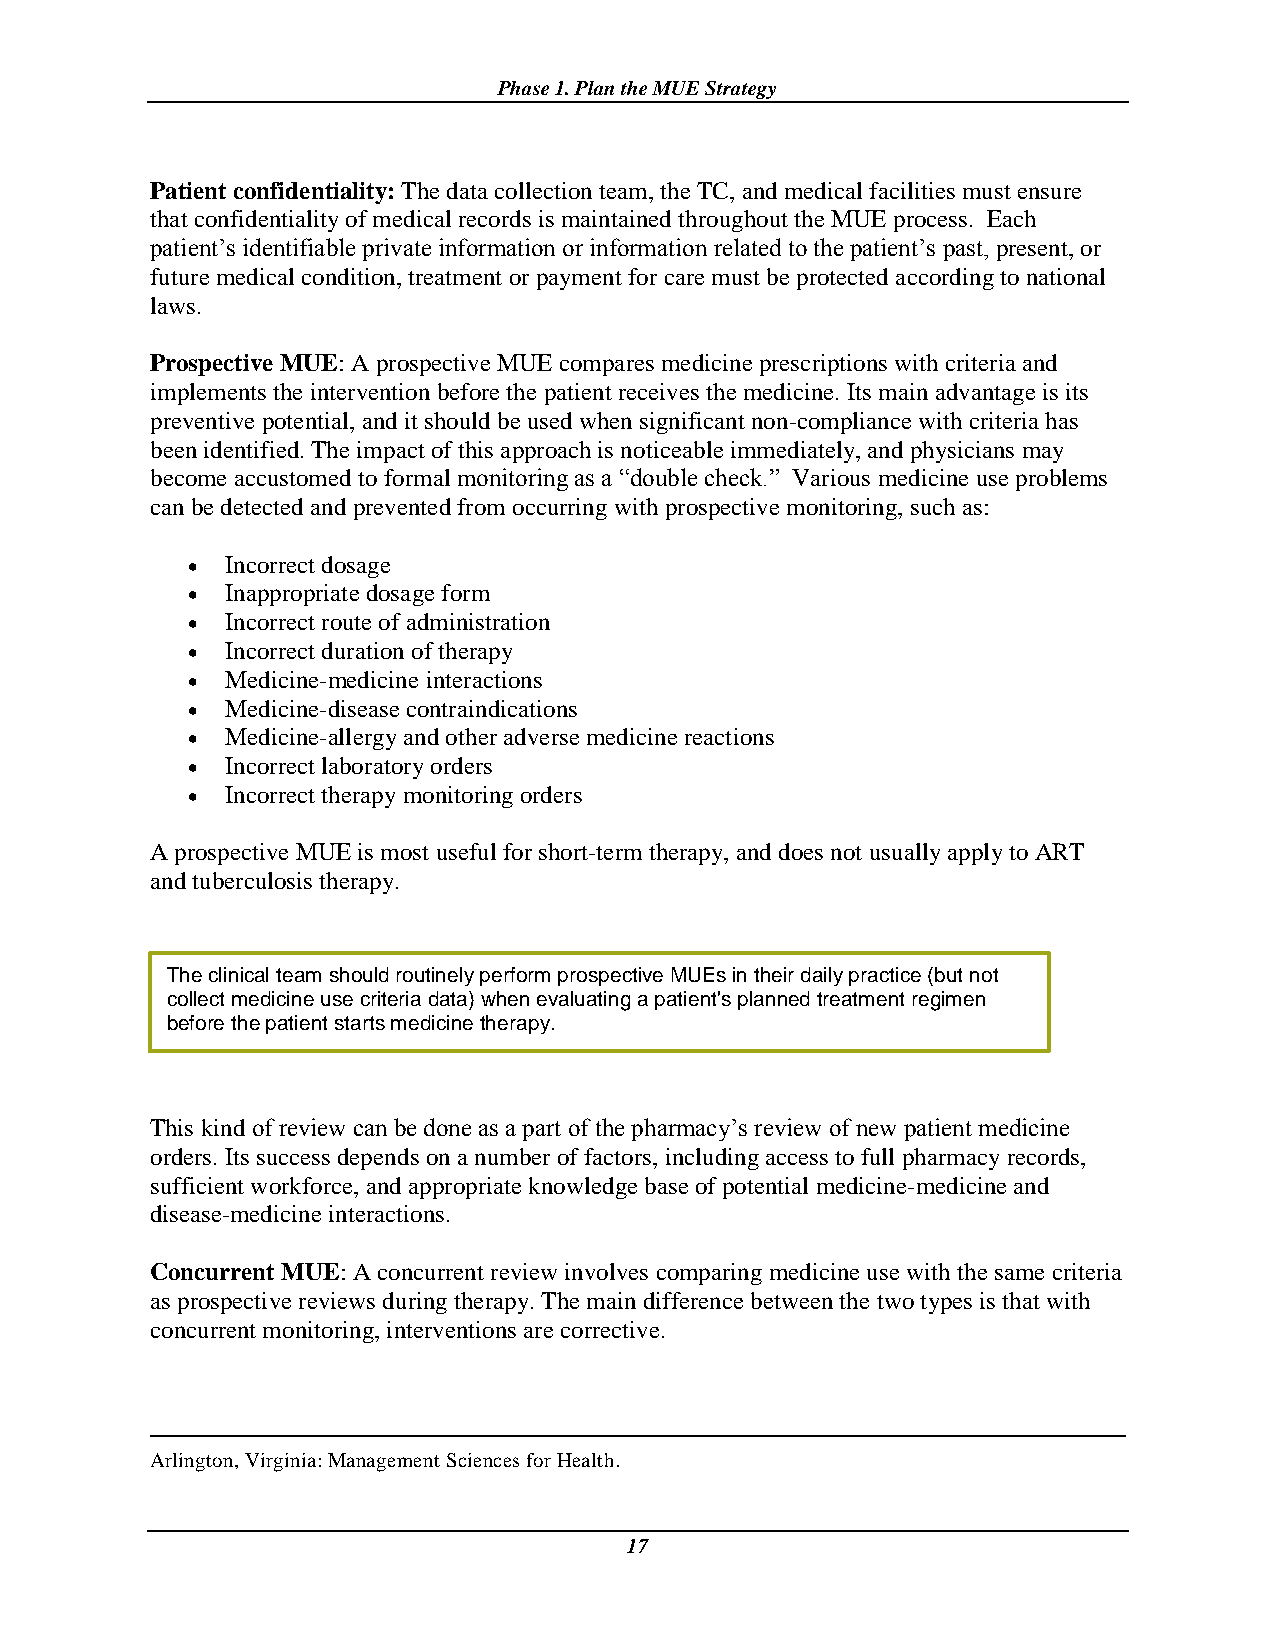
Phase 1. Plan the MUE Strategy
 Patient confidentiality: The data collection team, the TC, and medical facilities must ensure
 that confidentiality of medical records is maintained throughout the MUE process. Each
 patient’s identifiable private information or information related to the patient’s past, present, or
 future medical condition, treatment or payment for care must be protected according to national
 laws.
 Prospective MUE: A prospective MUE compares medicine prescriptions with criteria and
 implements the intervention before the patient receives the medicine. Its main advantage is its
 preventive potential, and it should be used when significant non-compliance with criteria has
 been identified. The impact of this approach is noticeable immediately, and physicians may
 become accustomed to formal monitoring as a “double check.” Various medicine use problems
 can be detected and prevented from occurring with prospective monitoring, such as:
   Incorrect dosage
   Inappropriate dosage form
   Incorrect route of administration
   Incorrect duration of therapy
   Medicine-medicine interactions
   Medicine-disease contraindications
   Medicine-allergy and other adverse medicine reactions
   Incorrect laboratory orders
   Incorrect therapy monitoring orders
 A prospective MUE is most useful for short-term therapy, and does not usually apply to ART
 and tuberculosis therapy.
 The clinical team should routinely perform prospective MUEs in their daily practice (but not
 collect medicine use criteria data) when evaluating a patient's planned treatment regimen
 before the patient starts medicine therapy.
 This kind of review can be done as a part of the pharmacy’s review of new patient medicine
 orders. Its success depends on a number of factors, including access to full pharmacy records,
 sufficient workforce, and appropriate knowledge base of potential medicine-medicine and
 disease-medicine interactions.
 Concurrent MUE: A concurrent review involves comparing medicine use with the same criteria
 as prospective reviews during therapy. The main difference between the two types is that with
 concurrent monitoring, interventions are corrective.
 Arlington, Virginia: Management Sciences for Health.
 17